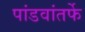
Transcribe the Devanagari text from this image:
पांडवांतर्फे